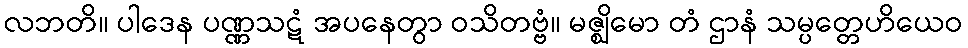
လဘတိ။ ပါဒေန ပဏ္ဏသဋံ အပနေတွာ ဝသိတဗ္ဗံ။ မဇ္ဈိမော တံ ဌာနံ သမ္ပတ္တေဟိယေဝ